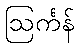
ဩင်္ကန်